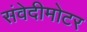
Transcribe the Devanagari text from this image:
संवेदीमोटर